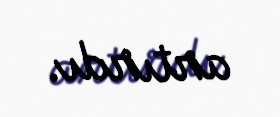
artırdı.